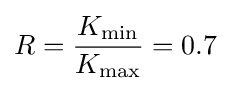
R={\frac {K_{\text{min}}}{K_{\text{max}}}}=0.7